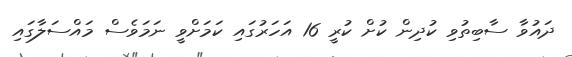
ދައުވާ ސާބިތުވި ކުދިން ކުށް ކުރީ 16 އަހަރުގައި ކަމަށްވީ ނަމަވެސް މައްސަލާގައި